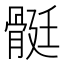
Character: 䯕